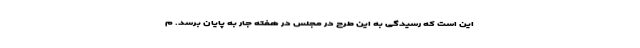
این است که رسیدگی به این طرح در مجلس در هفته جار به پایان برسد. م